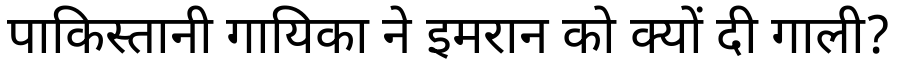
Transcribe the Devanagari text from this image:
पाकिस्तानी गायिका ने इमरान को क्यों दी गाली?